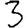
Digit: 3